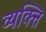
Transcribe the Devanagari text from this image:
व्यक्त्ति